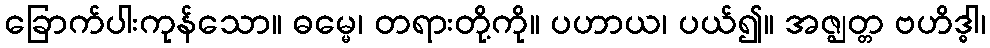
ခြောက်ပါးကုန်သော။ ဓမ္မေ၊ တရားတို့ကို။ ပဟာယ၊ ပယ်၍။ အဇ္ဈတ္တ ဗဟိဒ္ဓါ၊